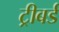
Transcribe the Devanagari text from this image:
ट्रीबर्ड